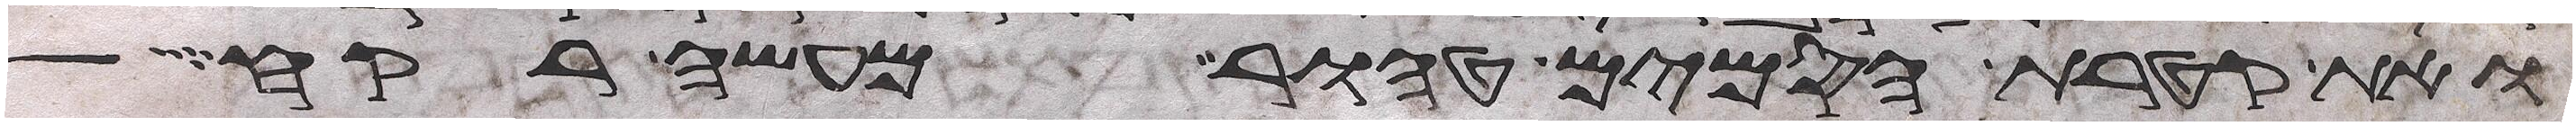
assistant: ואת קטרת הסמים טהור מעשה רקח